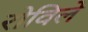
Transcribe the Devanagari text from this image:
रोविले